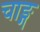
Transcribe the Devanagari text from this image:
चाङ्ग